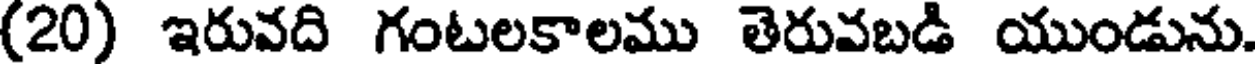
(20) ఇరువది గంటలకాలము తెరువబడి యుండును.